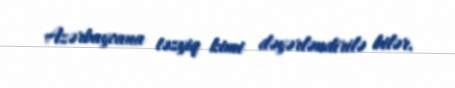
Azərbaycana təzyiq kimi dəyərləndirilə bilər.